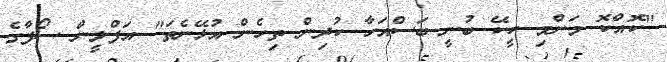
"ކޮއްކޮ މަންމި ކީކޭ ބުނީ ބަސްއަހާ ކުދިން ތިހެން އުޅޭނެތަ" އަފްލީން ސޯފާގެ